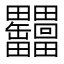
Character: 𦉩